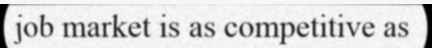
job market is as competitive as